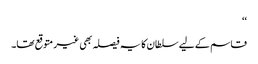
‘‘
قاسم کے لیے سلطان کا یہ فیصلہ بھی غیر متوقع تھا۔